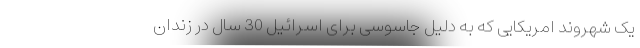
یک شهروند امریکایی که به دلیل جاسوسی برای اسرائیل 30 سال در زندان